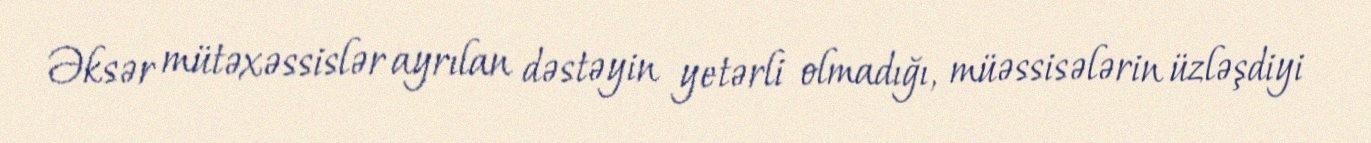
Əksər mütəxəssislər ayrılan dəstəyin yetərli olmadığı, müəssisələrin üzləşdiyi